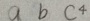
a b c ^ { 4 }